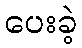
ပေးခဲ့